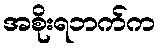
အစိုးရဘက်က